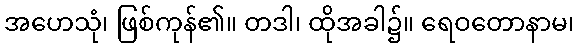
အဟေသုံ၊ ဖြစ်ကုန်၏။ တဒါ၊ ထိုအခါ၌။ ရေဝတောနာမ၊